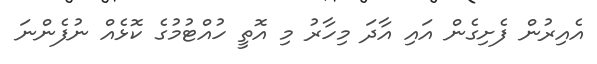
އެއިރުން ފެށިގެން އައި އާދަ މިހާރު މި އޮތީ ހުއްޓުމުގެ ކޮޅެއް ނުފެންނަ